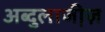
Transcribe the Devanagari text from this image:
अब्दुलाजी़ज़